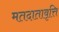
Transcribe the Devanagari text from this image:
मतदातावृत्ति